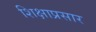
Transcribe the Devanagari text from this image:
शिक्षाप्रसार